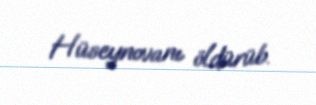
Hüseynovanı öldürüb.